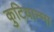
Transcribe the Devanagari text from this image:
कुटियान्मा